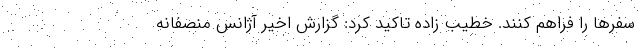
سفرها را فراهم کنند. خطیب زاده تاکید کرد: گزارش اخیر آژانس منصفانه